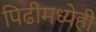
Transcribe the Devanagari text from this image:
पिढीमध्येही